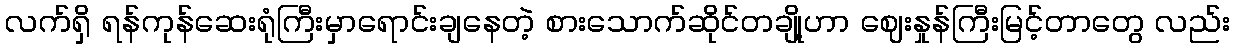
လက်ရှိ ရန်ကုန်ဆေးရုံကြီးမှာရောင်းချနေတဲ့ စားသောက်ဆိုင်တချို့ဟာ ဈေးနှုန်ကြီးမြင့်တာတွေ လည်း